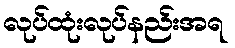
လုပ်ထုံးလုပ်နည်းအရ